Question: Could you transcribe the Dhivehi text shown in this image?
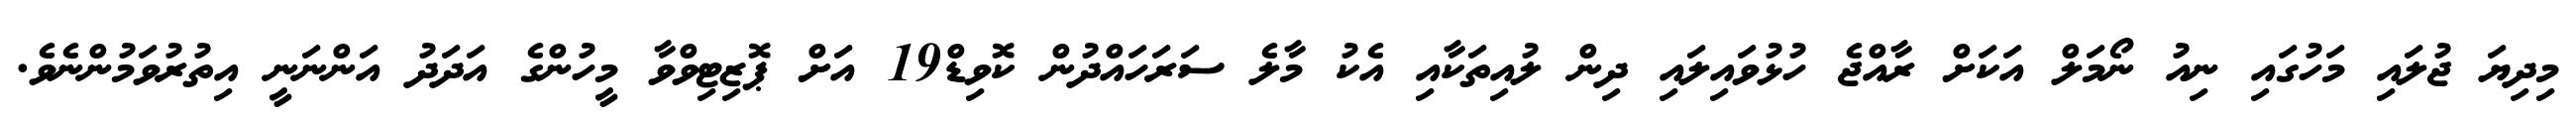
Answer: މިދިޔަ ޖުލައި މަހުގައި ނިއު ނޯމަލް އަކަށް ރާއްޖެ ހުޅުވައިލައި ދިން ލުއިތަކާއި އެކު މާލެ ސަރަހައްދުން ކޮވިޑް19 އަށް ޕޮޒިޓިވްވާ މީހުންގެ އަދަދު އަންނަނީ އިތުރުވަމުންނެވެ.